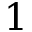
1